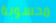
محسوبة